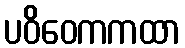
ပဝိဝေကကထာ